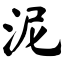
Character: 泥